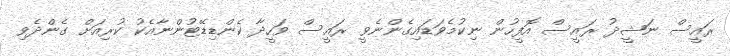
ރައީސް ނަޝީދު ރައީސް އޮފީހުން ނިކުމެވަޑައިގެންނެވީ ރައީސް ވަހީދާ ކެންޑިޑޭޓުންނާއެކު ކުރިއަށް ގެންދެވި